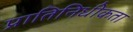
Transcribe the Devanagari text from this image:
प्रातिनिधीकता